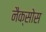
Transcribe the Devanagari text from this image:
नैक्सोस